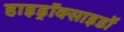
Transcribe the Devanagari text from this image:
हाइड्रॉक्साइडों